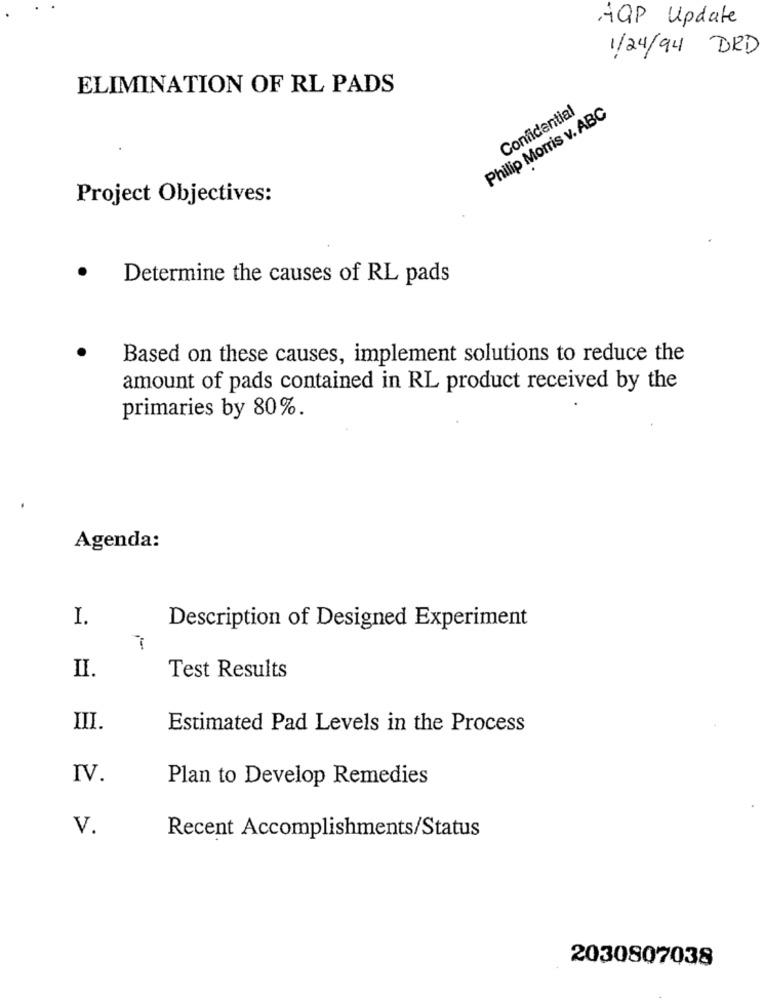
.AQP Update
1/24/94 DRD
ELIMINATION OF RL PADS
Confidential
Philip Morris v. ABC
Project Objectives:
Determine the causes of RL pads
Based on these causes, implement solutions to reduce the
amount of pads contained in RL product received by the
primaries by 80%.
.
Agenda:
I.
Description of Designed Experiment
II.
Test Results
III.
Estimated Pad Levels in the Process
IV.
Plan to Develop Remedies
V.
Recent Accomplishments/Status
2030807038